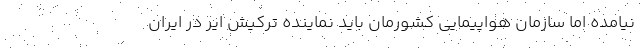
نیامده اما سازمان هواپیمایی کشورمان باید نماینده ترکیش ایر در ایران